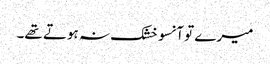
میرے تو آنسو خشک نہ ہوتے تھے۔